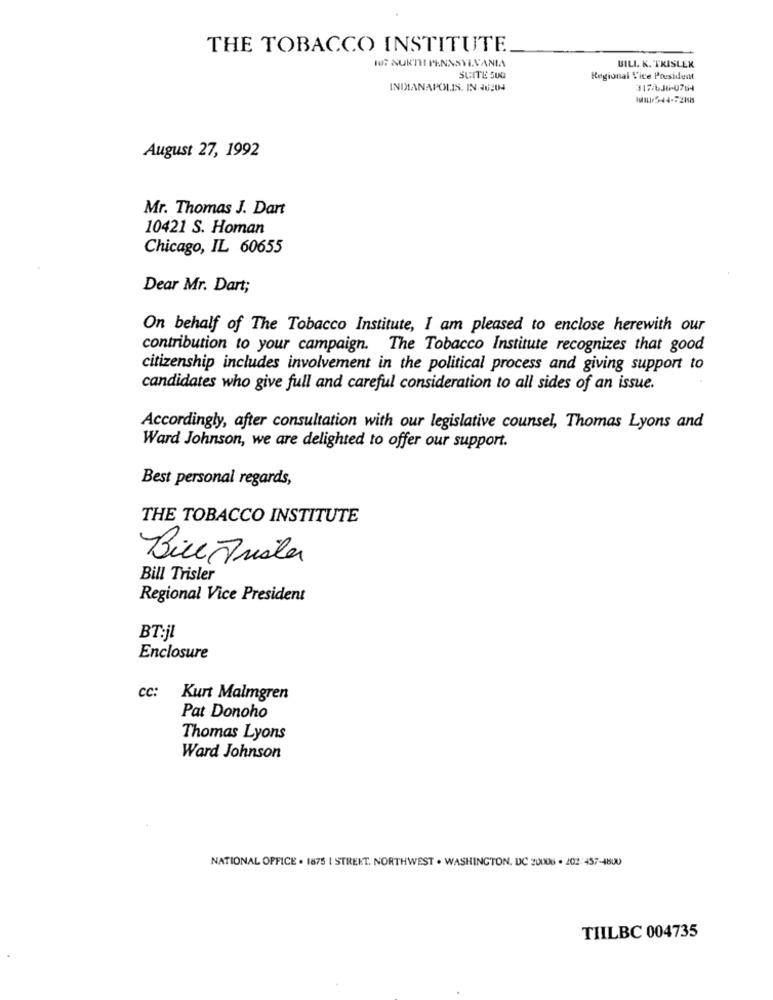
THE TOBACCO INSTITUTE
IUT NUITIL PENNSYLVANIA
BILI. K. TRISLEK
SUITE SUG
Regional Vice President
INDIANAPOLIS. IN JU204
317636-0764
August 27, 1992
Mr. Thomas J. Dart
10421 S. Homan
Chicago, IL 60655
Dear Mr. Dart;
On behalf of The Tobacco Institute, I am pleased to enclose herewith our
contribution to your campaign. The Tobacco Institute recognizes that good
citizenship includes involvement in the political process and giving support to
candidates who give full and careful consideration to all sides of an issue.
Accordingly, after consultation with our legislative counsel, Thomas Lyons and
Ward Johnson, we are delighted to offer our support.
Best personal regards,
THE TOBACCO INSTITUTE
Bill Frislar
Bill Trisler
Regional Vice President
BT:jl
Enclosure
CC:
Kurt Malmgren
Pat Donoho
Thomas Lyons
Ward Johnson
NATIONAL OFFICE . 1875 | STREET. NORTHWEST . WASHINGTON, DC 20008 . 202:457-4800
TIILBC 004735